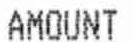
AMOUNT